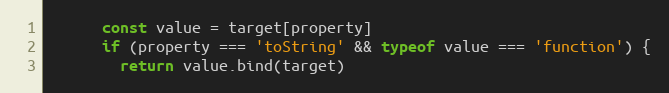
Language: JavaScript
      const value = target[property]
      if (property === 'toString' && typeof value === 'function') {
        return value.bind(target)